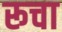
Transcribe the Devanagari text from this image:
रूचा